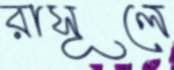
রাসূলে